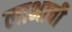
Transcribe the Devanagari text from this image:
लाभाची